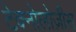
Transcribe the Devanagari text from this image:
टेक्नोलोज़ीस